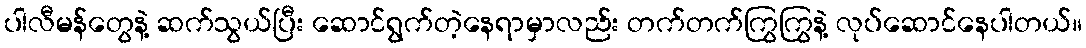
ပါလီမန်တွေနဲ့ ဆက်သွယ်ပြီး ဆောင်ရွက်တဲ့နေရာမှာလည်း တက်တက်ကြွကြွနဲ့ လုပ်ဆောင်နေပါတယ်။